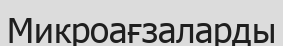
Микроағзаларды